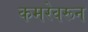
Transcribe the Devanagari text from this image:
कमरेवरून